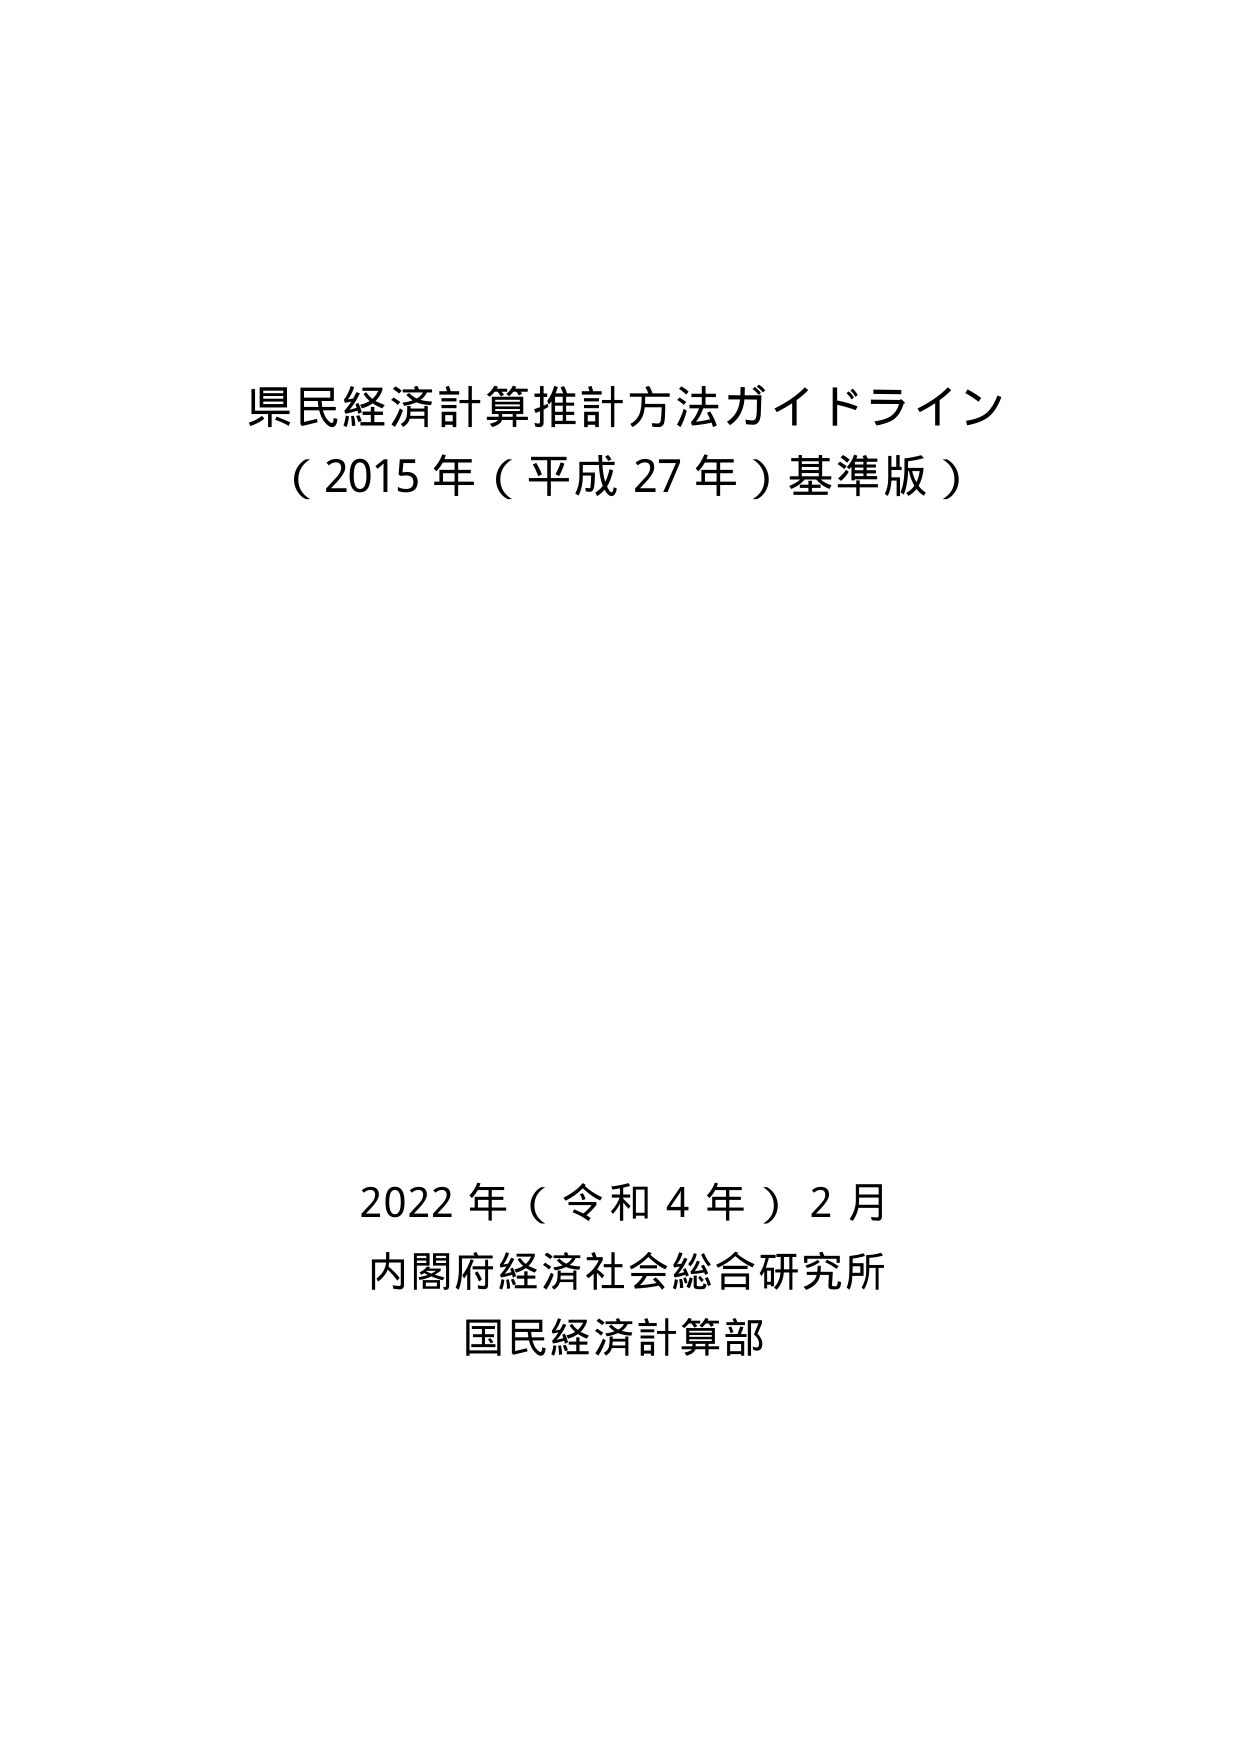
県民経済計算推計方法ガイドライン
（2015年（平成27年）基準版）

2022年（令和4年）2月
内閣府経済社会総合研究所
国民経済計算部